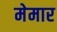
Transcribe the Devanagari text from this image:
मेमार